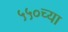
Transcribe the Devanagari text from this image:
५५०च्या